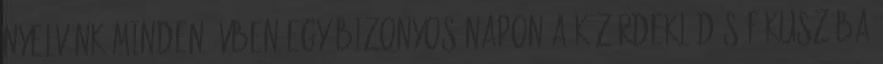
nyelvünk minden évben egy bizonyos napon a közérdeklődés fókuszába